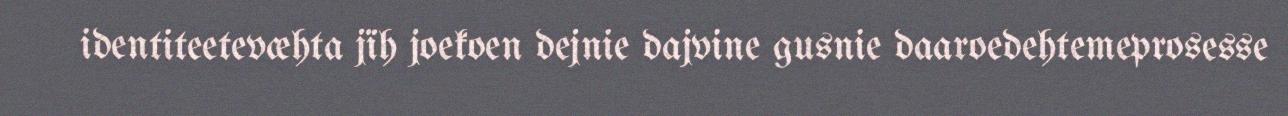
identiteetevæhta jïh joekoen dejnie dajvine gusnie daaroedehtemeprosesse